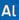
al